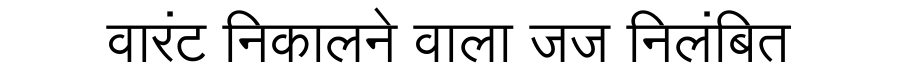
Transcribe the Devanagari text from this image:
वारंट निकालने वाला जज निलंबित